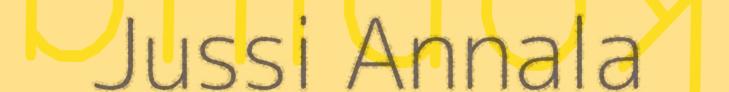
Jussi Annala